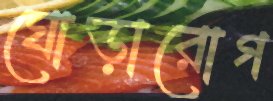
ঘোড়ারোগ